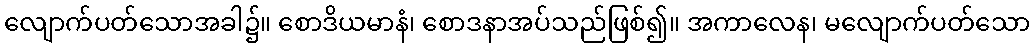
လျောက်ပတ်သောအခါ၌။ စောဒိယမာနံ၊ စောဒနာအပ်သည်ဖြစ်၍။ အကာလေန၊ မလျောက်ပတ်သော